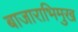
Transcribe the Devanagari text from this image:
बाजाराभिमुख